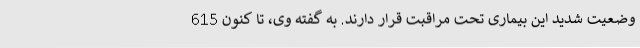
وضعیت شدید این بیماری تحت مراقبت قرار دارند. به گفته وی، تا کنون 615